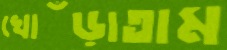
খোঁড়াতাম